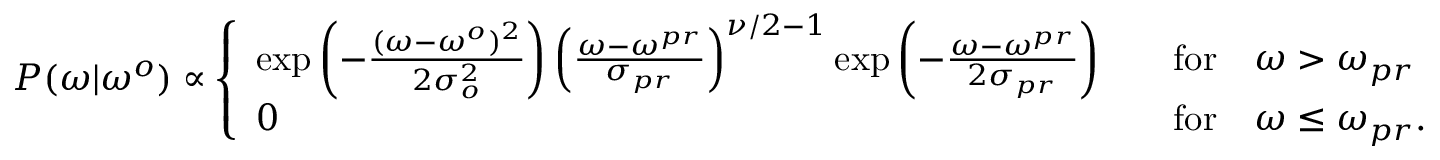
P ( \omega | \omega ^ { o } ) \propto \left\{ \begin{array} { l l } { \exp \left( - \frac { ( \omega - \omega ^ { o } ) ^ { 2 } } { 2 \sigma _ { o } ^ { 2 } } \right) \left( \frac { \omega - \omega ^ { p r } } { \sigma _ { p r } } \right) ^ { \nu / 2 - 1 } \exp \left( - \frac { \omega - \omega ^ { p r } } { 2 \sigma _ { p r } } \right) \quad } & { \mathrm { f o r } \quad \omega > \omega _ { p r } } \\ { 0 \quad } & { \mathrm { f o r } \quad \omega \le \omega _ { p r } . } \end{array} \right.